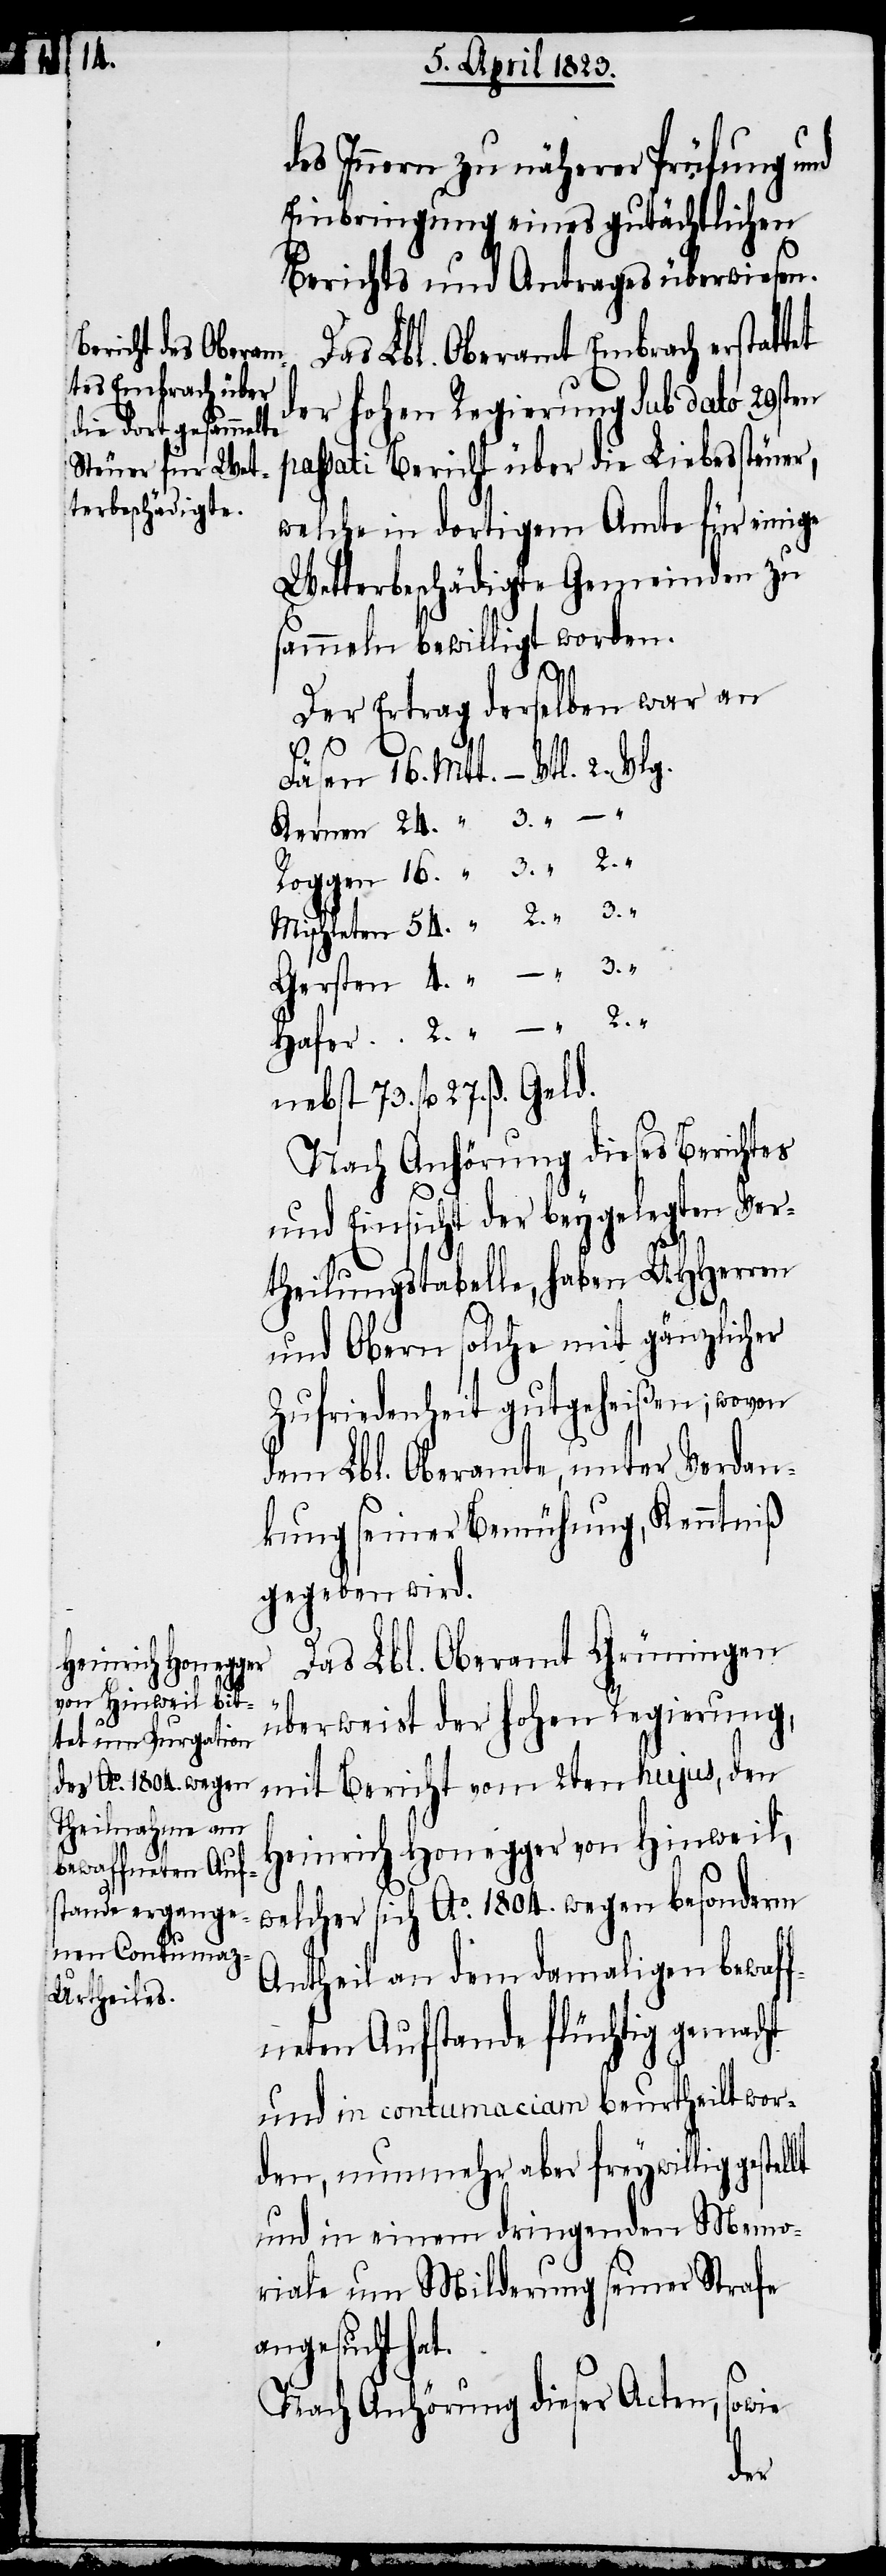
des Innern zu näherer Prüfung und
Einbringung eines gutächtlichen
Berichts und Antrages überwiesen.
Das Lbl. Oberamt Embrach erstatt¬
der hohen Regierung Sub dato 29sten
passati Bericht über die Liebessteuer,
welche in dortigem Amte für einige
Wetterbeschädigte Gemeinden zu
sammeln bewilligt worden.
2.
Der Ertrag derselben war an
„
nebst 73. fl. 27. ß. Geld.
Nach Anhörung dieses Berichtes
und Einsicht der beygelegten Ver¬
3.
theilungstabelle, haben UHHerren
und Obern solche mit gänzlicher
Zufriedenheit gutgeheißen; wovon
dem Lbl. Oberamte, unter Verdan¬
kung seiner Bemühung, Kenntniß
gegeben wird.
Das Lbl. Oberamt Grüningen
überweist der hohen Regierung,
mit Bericht vom 2ten hujus, den
Heinrich Honegger von Hinweil,
welcher sich Ao. 1804. wegen besonderm
Antheil an dem damaligen bewaff¬
neten Aufstande flüchtig gemacht
und in contumaciam beurtheilt wor¬
den, nunmehr aber freywillig gestellt
und in einem dringenden Memo¬
riale um Milderung seiner Strafe
angesucht hat.
Nach Anhörung dieser Acten, sowie